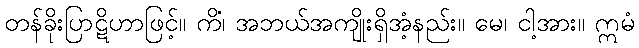
တန်ခိုးပြာဋိဟာဖြင့်။ ကိံ၊ အဘယ်အကျိုးရှိအံ့နည်း။ မေ၊ ငါ့အား။ ဣမံ